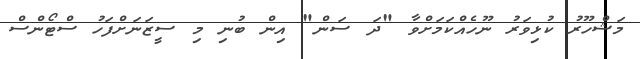
މަޝްހޫރު ކުޅިވަރު ނޫހެއްކަމަށްވާ "ދަ ސަން" އިން ބުނި މި ސީޒަނަށްފަހު ސްޓޯންސް